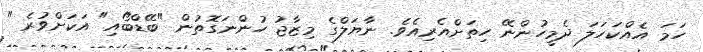
ހަމަ އެއްކަހަލަ ދެމީހުންނޭ ހިތަށްއެރިއެވެ. ނާޔަލްގެ މިޒާޖު ހުންނަގޮތުން "ބޭޑްބޯއި" އަކަށްވުރެ "